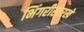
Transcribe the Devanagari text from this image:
भिंगरीसारखे